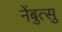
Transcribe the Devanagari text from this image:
नेंबुत्सु